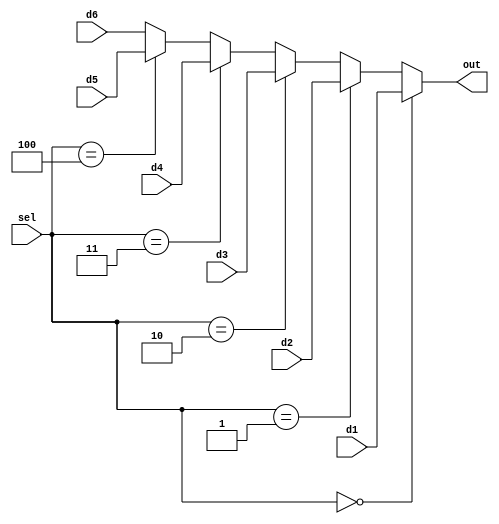
`timescale 1ns / 1ps
//////////////////////////////////////////////////////////////////////////////////
// Company: 
// Engineer: 
// 
// Design Name: 
// Module Name: mux
// Project Name: 
// Target Devices: 
// Tool Versions: 
// Description: 
// 
// Dependencies: 
// 
// Revision:
// Revision 0.01 - File Created
// Additional Comments:
// 
//////////////////////////////////////////////////////////////////////////////////


module mux(d1, d2, d3, d4, d5, d6, sel, out);
//declare inputs and output
input d1, d2, d3, d4, d5, d6;
input [2:0] sel; 
output reg out; 

always@(d1, d2, d3, d4, d5, d6, sel)
begin
//check various input values for select
    if (sel == 3'b000)
        out <= d1;
    else if (sel == 3'b001)
        out <= d2;
    else if (sel == 3'b010)
        out <= d3;
    else if (sel == 3'b011)
        out <= d4;
    else if (sel == 3'b100)
        out <= d5; 
    else
        out <= d6; 
end

endmodule

module two_to_1_mux(
   input [31:0] a,
   input [31:0] b,
   input sel,
   output [31:0] out
);
  //2-to-1 mux
  assign out = sel ? a : b; 
endmodule

module three_to_1_mux(
   input [31:0] a,
   input [31:0] b,
   input [31:0] c,
   input [1:0] sel,
   output reg [31:0] out
);
  //3-to-1 mux
  always @ (a or b or c or sel) begin
     $display ("three_to_1_mux sel is %d a=%d b=%d c=%d", sel, a, b, c);
     case (sel)
       2'b00 : out <= a;
       2'b01 : out <= b;
       2'b10 : out <= c;
       2'b11 : out <= 0;//dont care
     endcase
  end

endmodule